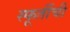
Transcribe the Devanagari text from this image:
स्फूर्तीची